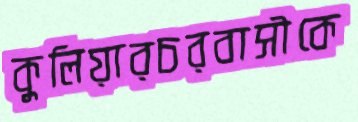
কুলিয়ারচরবাসীকে